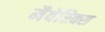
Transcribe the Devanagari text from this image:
मैवेरिक्स